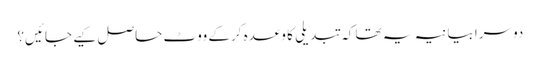
دوسرا بیانیہ یہ تھا کہ تبدیلی کا وعدہ کرکے ووٹ حاصل کیے جائیں؟